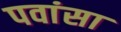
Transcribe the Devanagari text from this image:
पवांसा